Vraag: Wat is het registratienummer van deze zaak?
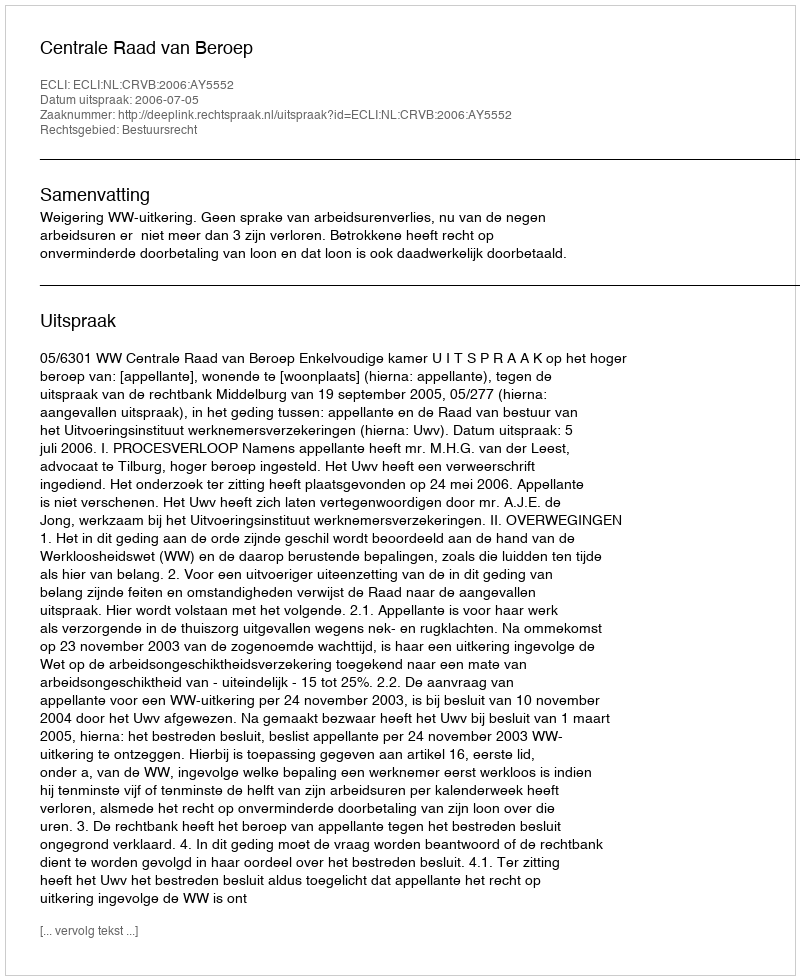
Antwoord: http://deeplink.rechtspraak.nl/uitspraak?id=ECLI:NL:CRVB:2006:AY5552